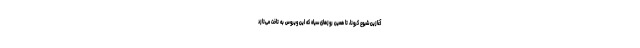
آغازین شیوع کرونا، تا همین روزهای سیاه که این ویروس به تاخت می‌‌تازد